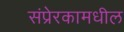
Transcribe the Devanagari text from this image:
संप्रेरकामधील